Vabadussoja_Ajaloo_Komitee, lk 53
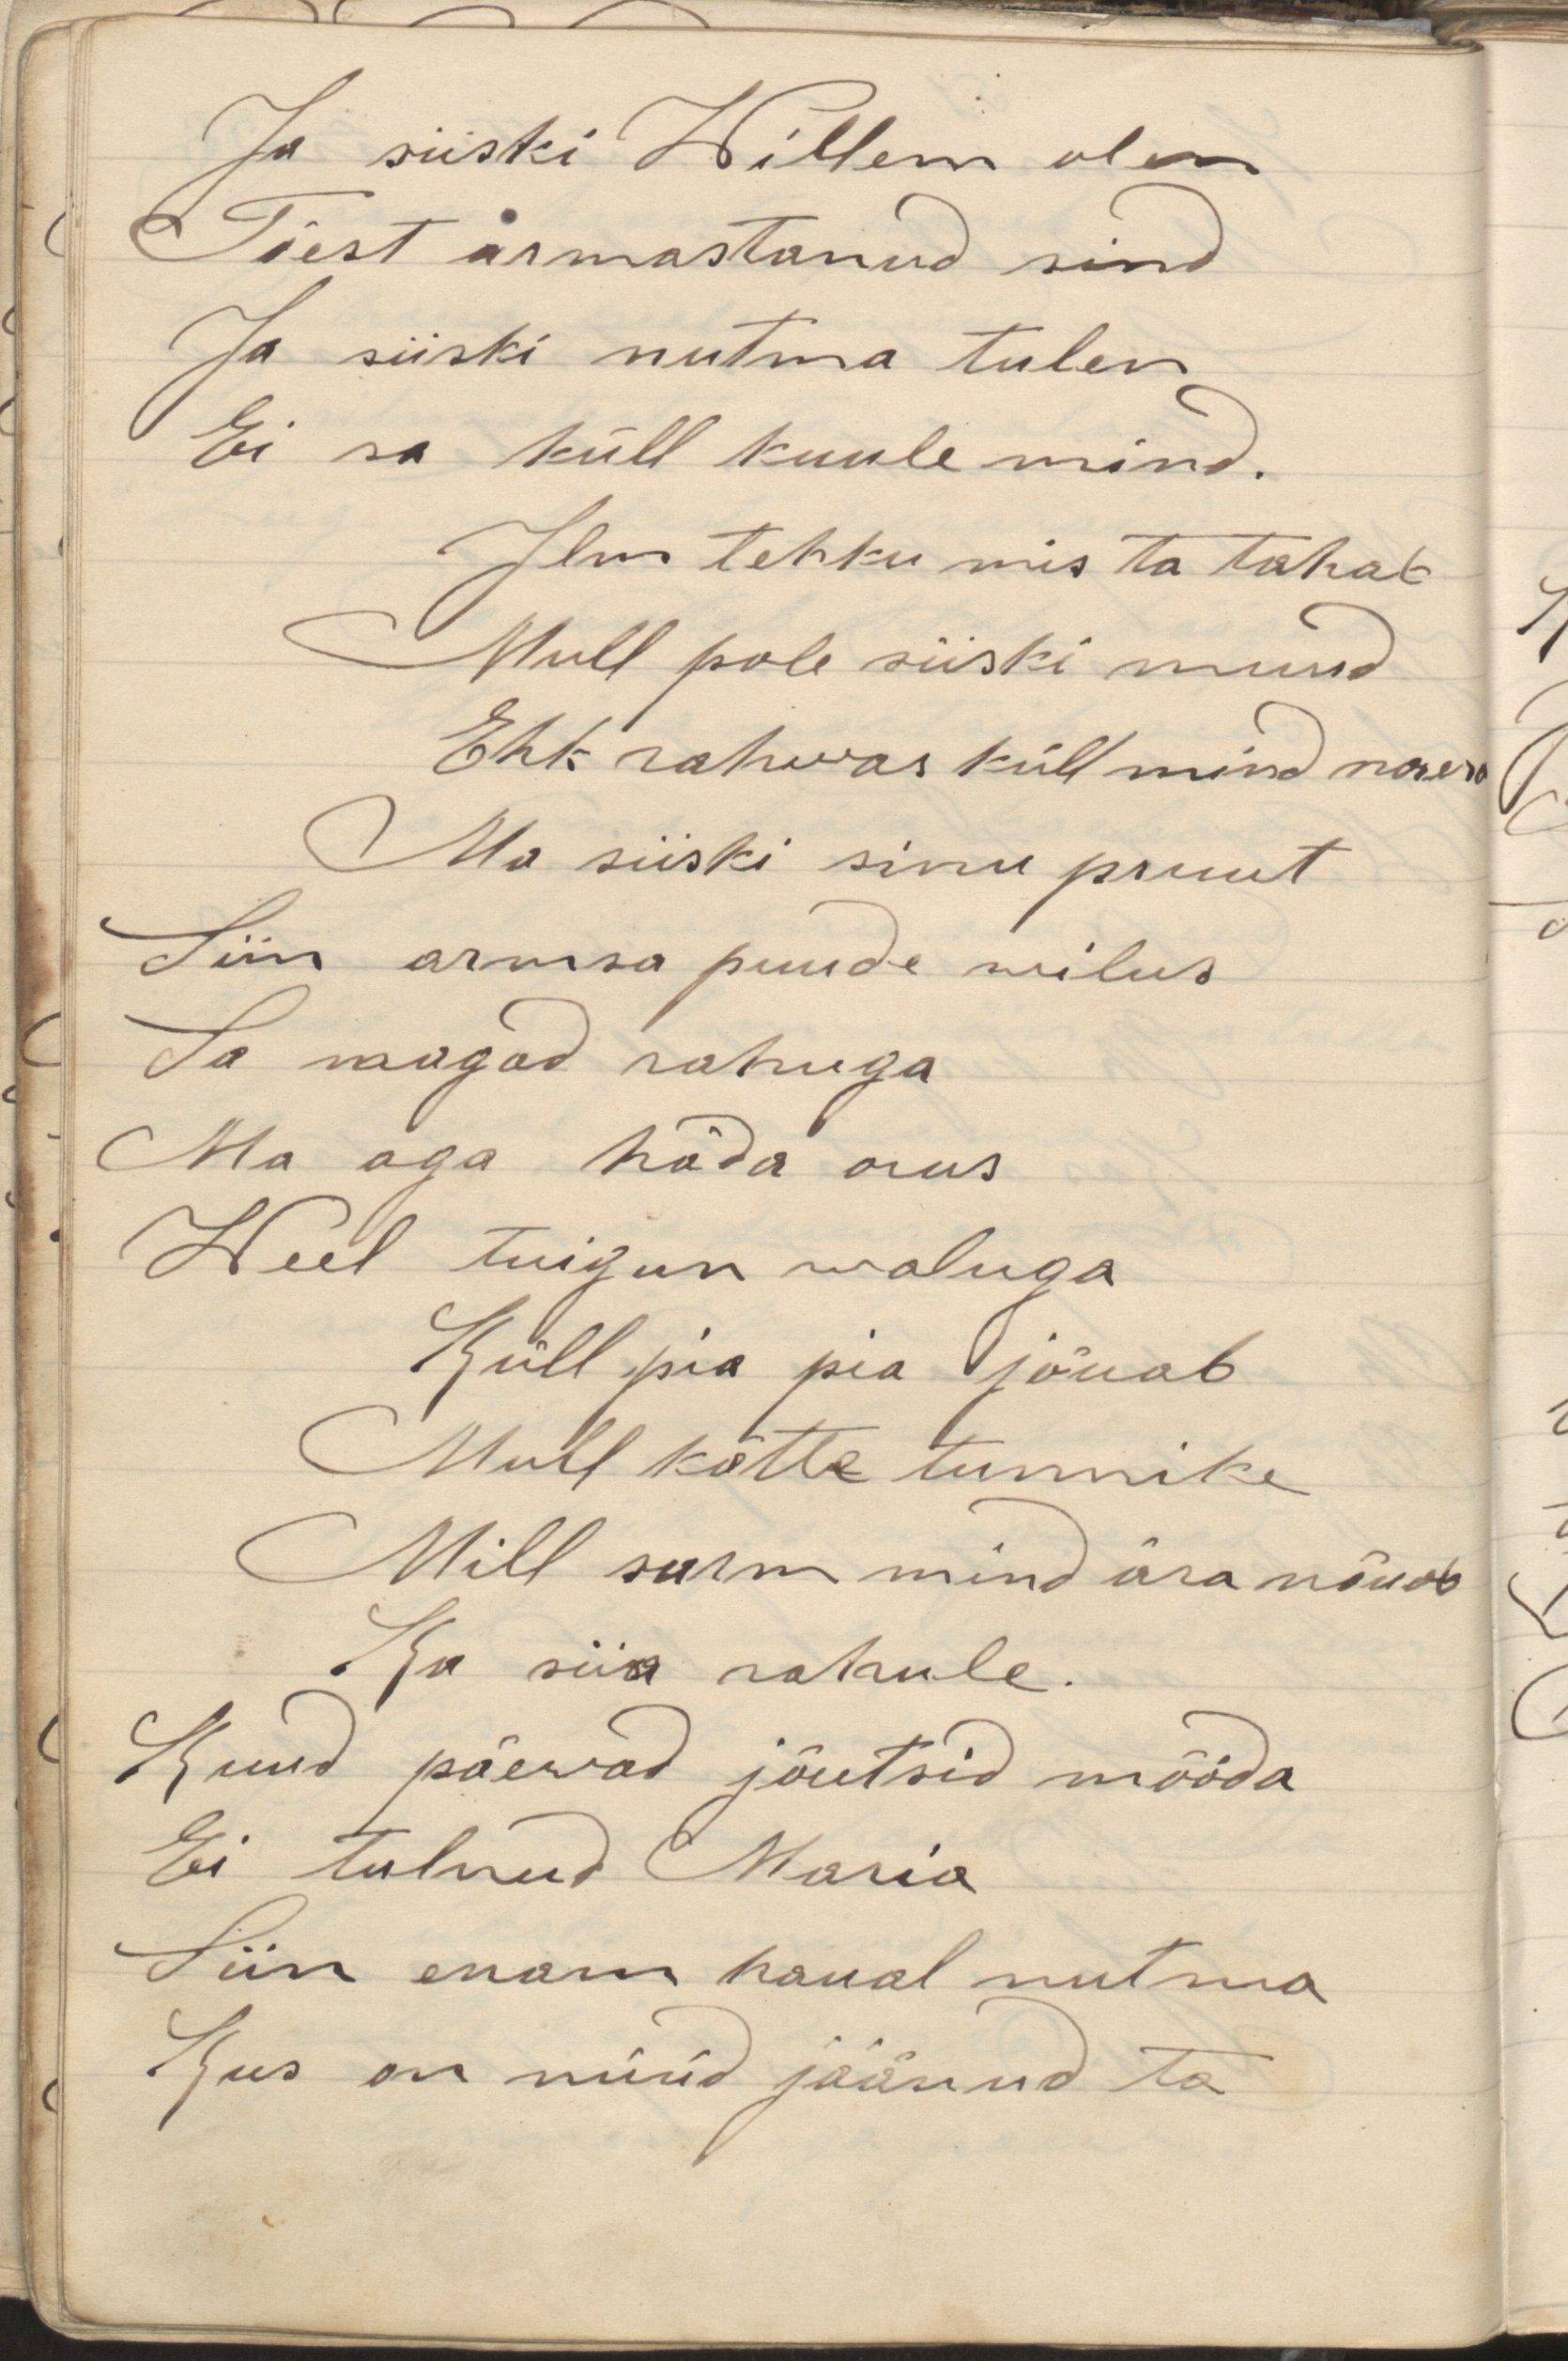
Ja siiski Willem olen
Tõest armastanud sind
Ja siiski nutma tulen
Ei sa küll kuule mind.
Ilm tehku mis ta tahab
Mull pole siiski muud
Ehk rahwas küll mind naera
Ma siiski sinu pruut
Siin armsa puude wilus
Sa magad rahuga
Ma aga häda arus
Weel tuigun waluga
Küll pia pia jõuab
Mull kätte tunnike
Mill surm mind ära nõuab
Ka siia rahule.
Kuud päewad jõudsid mööda
Ei tulnud Maria
Siin enam haual nutma
Kus on nüüd jäänud ta